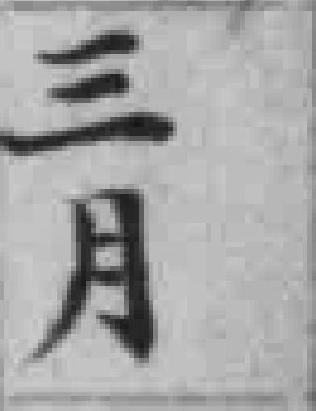
三月